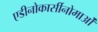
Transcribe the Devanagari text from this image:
एडीनोकार्सीनोमाओं